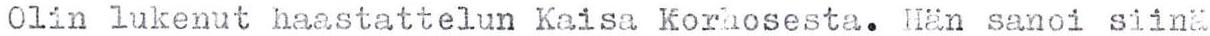
Olin lukenut haastattelun Kaisa Korhosesta. Hän sanoi siinä